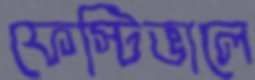
ফেস্টিভালে